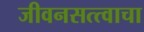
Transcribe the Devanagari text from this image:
जीवनसत्त्वाचा